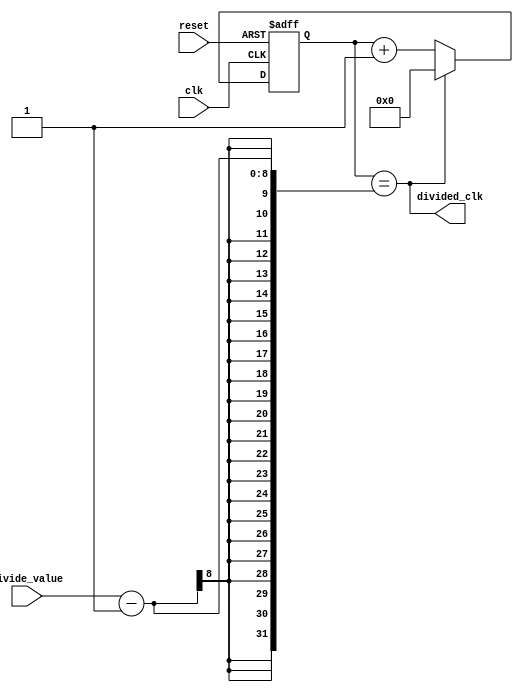
module frequency_divider (
    input wire clk,
    input wire reset,
    input wire [7:0] divide_value, 
    output wire divided_clk
);

reg [7:0] count;

always @(posedge clk or posedge reset) begin
    if (reset) begin
        count <= 0;
    end else begin
        if (count == divide_value - 1) begin
            count <= 0;
        end else begin
            count <= count + 1;
        end
    end
end

assign divided_clk = count == (divide_value - 1);

endmodule